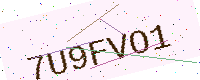
Text: 7U9FVO1